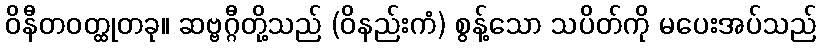
ဝိနီတဝတ္ထုတခု။ ဆဗ္ဗဂ္ဂီတို့သည် (ဝိနည်းကံ) စွန့်သော သပိတ်ကို မပေးအပ်သည်